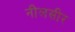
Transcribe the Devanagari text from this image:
नीलसीर